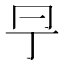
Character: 𠕊